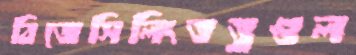
বিজেসিলিংতত্ত্বগুল